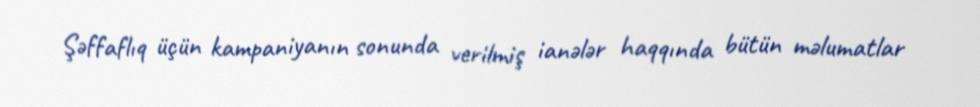
Şəffaflıq üçün kampaniyanın sonunda verilmiş ianələr haqqında bütün məlumatlar